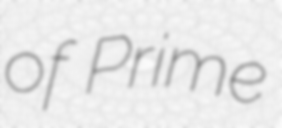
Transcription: of Prime